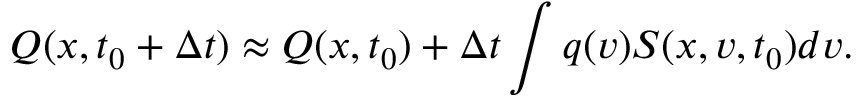
Q ( x , t _ { 0 } + \Delta t ) \approx Q ( x , t _ { 0 } ) + \Delta t \int q ( v ) S ( x , v , t _ { 0 } ) d v .